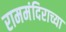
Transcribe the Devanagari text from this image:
राममंदिराच्या